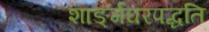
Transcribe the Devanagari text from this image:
शाङ्‌र्गघरपद्धति